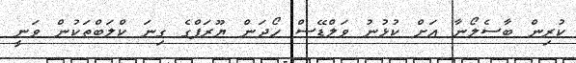
ކުރިން ބާސެލޯނާ އަށް ކުޅުނު ވަލްޑޭސް ހޯދަން ޔޫރަޕްގެ ގިނަ ކްލަބްތަކުން ވަނީ